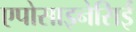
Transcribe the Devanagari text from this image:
एपोसाइनेसिई